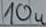
Text: 10u